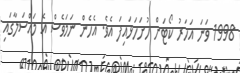
1998 ވަނަ އަހަރު ކޯޓަށް ހުށަހަޅައިފަ އެވެ. އެހެން ނަމަވެސް އެ މައްސަލާގައި